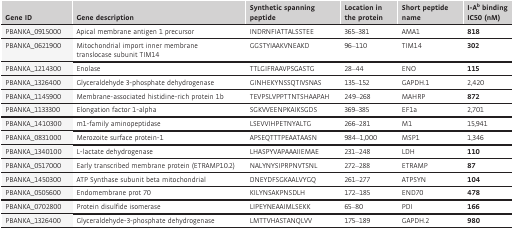
<table><thead><tr><td><b>Gene ID</b></td><td><b>Gene description</b></td><td><b>Synthetic spanning peptide</b></td><td><b>Location in the protein</b></td><td><b>Short peptide name</b></td><td><b>I‐A<sup>b</sup> binding IC50 (nM)</b></td></tr></thead><tbody><tr><td>PBANKA_0915000</td><td>Apical membrane antigen 1 precursor</td><td>INDRNFIATTALSSTEE</td><td>365–381</td><td>AMA1</td><td><b>818</b></td></tr><tr><td>PBANKA_0621900</td><td>Mitochondrial import inner membrane translocase subunit TIM14</td><td>GGSTYIAAKVNEAKD</td><td>96–110</td><td>TIM14</td><td><b>302</b></td></tr><tr><td>PBANKA_1214300</td><td>Enolase</td><td>TTLGIFRAAVPSGASTG</td><td>28–44</td><td>ENO</td><td><b>115</b></td></tr><tr><td>PBANKA_1326400</td><td>Glyceraldehyde 3‐phosphate dehydrogenase</td><td>GINHEKYNSSQTIVSNAS</td><td>135–152</td><td>GAPDH.1</td><td>2,420</td></tr><tr><td>PBANKA_1145900</td><td>Membrane‐associated histidine‐rich protein 1b</td><td>TEVPSLVPPTTNTSHAAPAH</td><td>249–268</td><td>MAHRP</td><td><b>872</b></td></tr><tr><td>PBANKA_1133300</td><td>Elongation factor 1‐alpha</td><td>SGKVVEENPKAIKSGDS</td><td>369–385</td><td>EF1a</td><td>2,701</td></tr><tr><td>PBANKA_1410300</td><td>m1‐family aminopeptidase</td><td>LSEVVIHPETNYALTG</td><td>266–281</td><td>M1</td><td>15,941</td></tr><tr><td>PBANKA_0831000</td><td>Merozoite surface protein‐1</td><td>APSEQTTTPEAATAASN</td><td>984–1,000</td><td>MSP1</td><td>1,346</td></tr><tr><td>PBANKA_1340100</td><td>L‐lactate dehydrogenase</td><td>LHASPYVAPAAAIIEMAE</td><td>231–248</td><td>LDH</td><td><b>110</b></td></tr><tr><td>PBANKA_0517000</td><td>Early transcribed membrane protein (ETRAMP10.2)</td><td>NALYNYSIPRPNVTSNL</td><td>272–288</td><td>ETRAMP</td><td><b>87</b></td></tr><tr><td>PBANKA_1450300</td><td>ATP Synthase subunit beta mitochondrial</td><td>DNEYDFSGKAALVYGQ</td><td>261–277</td><td>ATPSYN</td><td><b>104</b></td></tr><tr><td>PBANKA_0505600</td><td>Endomembrane prot 70</td><td>KILYNSAKPNSDLH</td><td>172–185</td><td>END70</td><td><b>478</b></td></tr><tr><td>PBANKA_0702800</td><td>Protein disulfide isomerase</td><td>LIPEYNEAAIMLSEKK</td><td>65–80</td><td>PDI</td><td><b>166</b></td></tr><tr><td>PBANKA_1326400</td><td>Glyceraldehyde‐3‐phosphate dehydrogenase</td><td>LMTTVHASTANQLVV</td><td>175–189</td><td>GAPDH.2</td><td><b>980</b></td></tr></tbody></table>